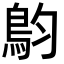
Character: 𩿖